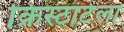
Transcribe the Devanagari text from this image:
क्रिस्टाटेला